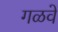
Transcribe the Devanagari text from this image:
गळवे